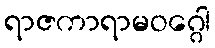
ရာဇကာရာမဝဂ္ဂေါ